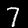
Label: 7